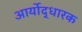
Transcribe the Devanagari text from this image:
आर्योद्धारक